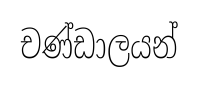
චණ්ඩාලයන්